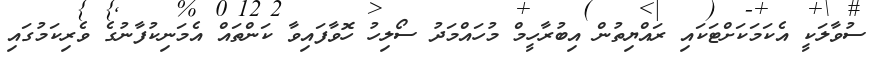
ސުވާލަކީ އެކަމަކަށްޓަކައި ރައްޔިތުން އިބުރާހީމް މުހައްމަދު ސޯލިހު ހޮވާފައިވާ ކަންތައް އެމަނިކުފާނުގެ ވެރިކަމުގައި